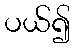
ပယ်၍